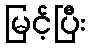
မြင့်ပြီး